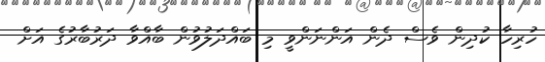
ހުރިހާ ކުދިން ވެސް ދެން އަންނަންވީ މި ބައްދަލުވުން ބާއްވާ ދަރުބާރުގެ އަށް